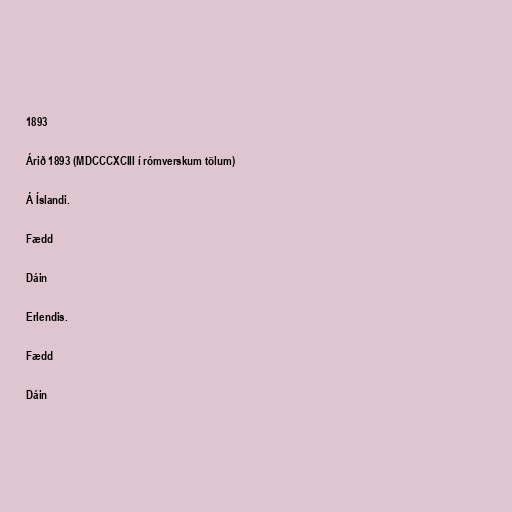
1893

Árið 1893 (MDCCCXCIII í rómverskum tölum)

Á Íslandi.

Fædd

Dáin

Erlendis.

Fædd

Dáin